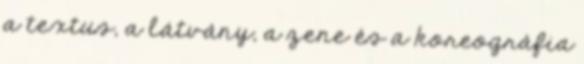
a textus, a látvány, a zene és a koreográfia